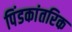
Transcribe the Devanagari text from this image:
पिंडकांतरिक